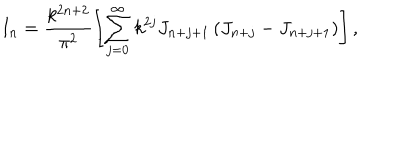
I _ { n } = \frac { k ^ { 2 n + 2 } } { \pi ^ { 2 } } \left[ \sum _ { j = 0 } ^ { \infty } k ^ { 2 j } J _ { n + j + 1 } \left( J _ { n + j } - J _ { n + j + 1 } \right) \right] ,